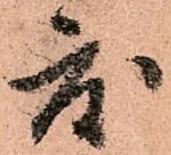
度